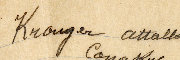
Krougar attallah